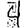
Digit: 4